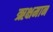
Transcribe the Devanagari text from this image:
ऋक्षमान